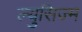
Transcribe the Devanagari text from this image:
ल्युसिज्म